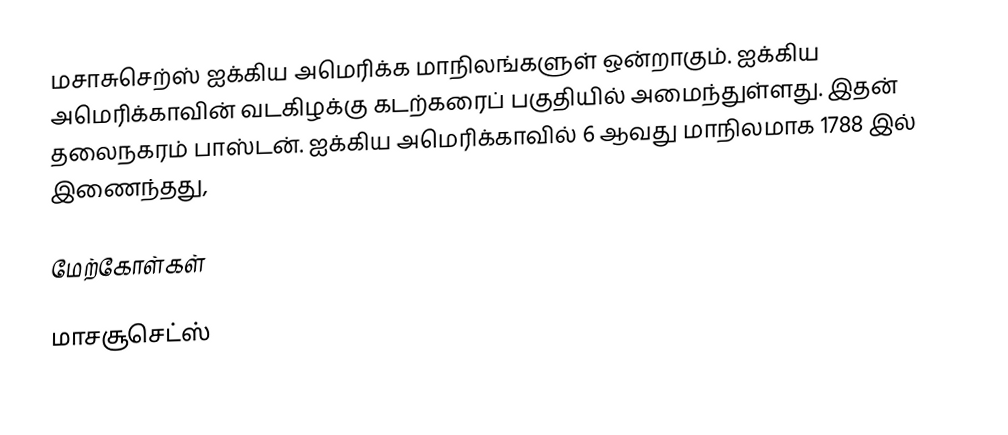
மசாசுசெற்ஸ் ஐக்கிய அமெரிக்க மாநிலங்களுள் ஒன்றாகும். ஐக்கிய அமெரிக்காவின் வடகிழக்கு கடற்கரைப் பகுதியில் அமைந்துள்ளது. இதன் தலைநகரம் பாஸ்டன். ஐக்கிய அமெரிக்காவில் 6 ஆவது மாநிலமாக 1788 இல் இணைந்தது,

மேற்கோள்கள்

மாசசூசெட்ஸ்